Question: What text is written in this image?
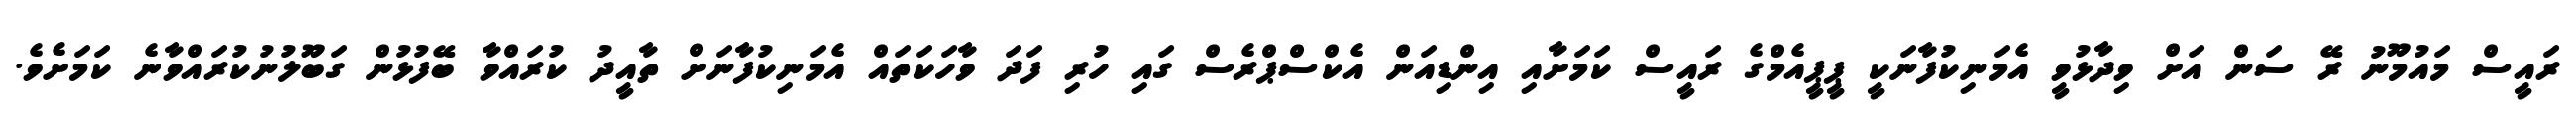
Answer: ރައީސް މައުމޫނު ރޭ ސަން އަށް ވިދާޅުވީ އެމަނިކުފާނަކީ ޕީޕީއެމްގެ ރައީސް ކަމަށާއި އިންޑިއަން އެކްސްޕްރެސް ގައި ހުރި ފަދަ ވާހަކަތައް އެމަނިކުފާނަށް ތާއީދު ކުރައްވާ ބޭފުޅުން ގަބޫލުނުކުރައްވާނެ ކަމަށެވެ.